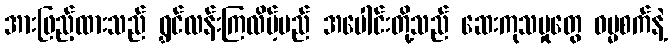
အားဖြည့်ထားသည် ရွှင်လန်းကြလိမ့်မည် အပေါင်းတို့သည် ဆေးကုသမှုတွေ ဓမ္မစက်နဲ့